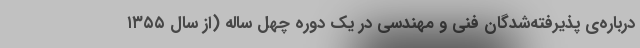
درباره‌ی پذیرفته‌شدگان فنی و مهندسی در یک دوره‌ چهل ساله (از سال ۱۳۵۵